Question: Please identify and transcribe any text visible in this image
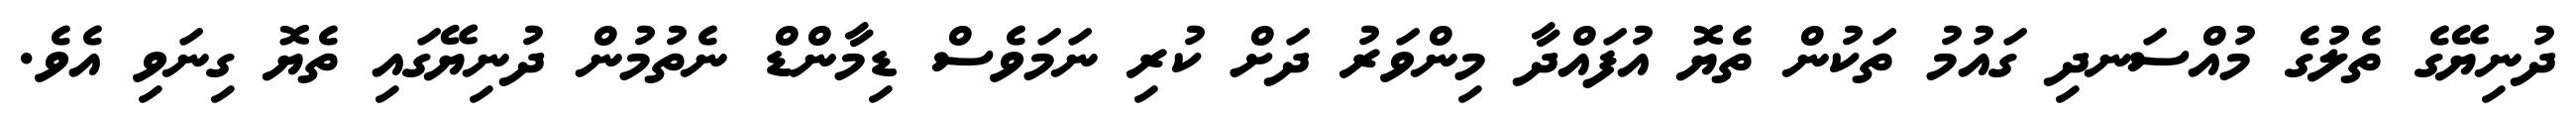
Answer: ދުނިޔޭގެ ތެލުގެ މުއްސަނދި ގައުމު ތަކުން ތެޔޮ އުފައްދާ މިންވަރު ދަށް ކުރި ނަމަވެސް ޑިމާންޑް ނެތުމުން ދުނިޔޭގައި ތެޔޮ ގިނަވި އެވެ.